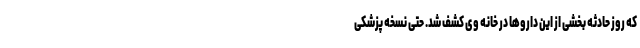
که روز حادثه بخشی از این داروها در خانه وی کشف شد. حتی نسخه پزشکی